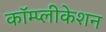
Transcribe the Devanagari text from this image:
कॉम्प्लीकेशन